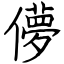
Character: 儚